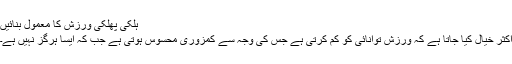
ہلکی پھلکی ورزش کا معمول بنائیں
اکثر خیال کیا جاتا ہے کہ ورزش توانائی کو کم کرتی ہے جس کی وجہ سے کمزوری محسوس ہوتی ہے جب کہ ایسا ہرگز نہیں ہے۔